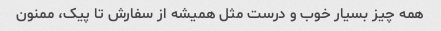
همه چیز بسیار خوب و درست مثل همیشه از سفارش تا پیک، ممنون